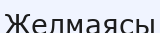
Желмаясы